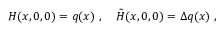
H ( x , 0 , 0 ) = q ( x ) \ , ~ ~ ~ \tilde { H } ( x , 0 , 0 ) = \Delta q ( x ) \ ,